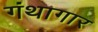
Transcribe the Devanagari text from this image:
गंथागार